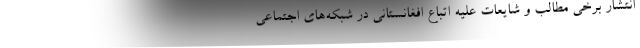
انتشار برخی مطالب و شایعات علیه اتباع افغانستانی در شبکه‌های اجتماعی